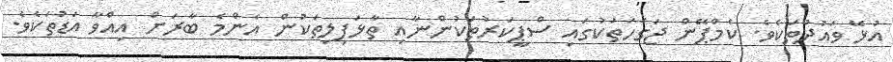
އުޅޭ ވައުދުތަކެވެ. ކެމްޕޭން ޖަގަހަތަކުގައި ސްޕީކަރުތަކުންނާއި ތާޅަފިލިތަކުން އެންމެ ބާރަށް އިއްވާ އަޑުތަކެވެ.